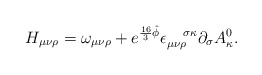
\begin{align*}H_{\mu \nu \rho }=\omega _{\mu \nu \rho }+e^{\frac{16}{3}\hat{\phi}}\epsilon_{\mu \nu \rho }^{\quad \sigma \kappa }\partial _{\sigma }A_{\kappa }^{0}.\end{align*}